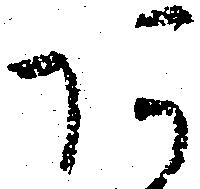
あ